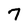
Character: 7